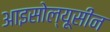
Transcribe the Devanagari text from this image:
आइसोल्यूसीन